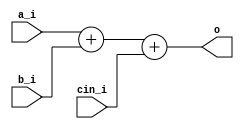
module bsg_adder_cin_width_p33
(
  a_i,
  b_i,
  cin_i,
  o
);

  input [32:0] a_i;
  input [32:0] b_i;
  output [32:0] o;
  input cin_i;
  wire [32:0] o;
  wire N0,N1,N2,N3,N4,N5,N6,N7,N8,N9,N10,N11,N12,N13,N14,N15,N16,N17,N18,N19,N20,N21,
  N22,N23,N24,N25,N26,N27,N28,N29,N30,N31,N32;
  assign { N32, N31, N30, N29, N28, N27, N26, N25, N24, N23, N22, N21, N20, N19, N18, N17, N16, N15, N14, N13, N12, N11, N10, N9, N8, N7, N6, N5, N4, N3, N2, N1, N0 } = a_i + b_i;
  assign o = { N32, N31, N30, N29, N28, N27, N26, N25, N24, N23, N22, N21, N20, N19, N18, N17, N16, N15, N14, N13, N12, N11, N10, N9, N8, N7, N6, N5, N4, N3, N2, N1, N0 } + cin_i;

endmodule